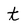
Character: t